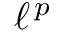
\, \ell ^ { \, p \ }